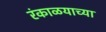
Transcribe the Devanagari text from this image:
रंकाळयाच्या